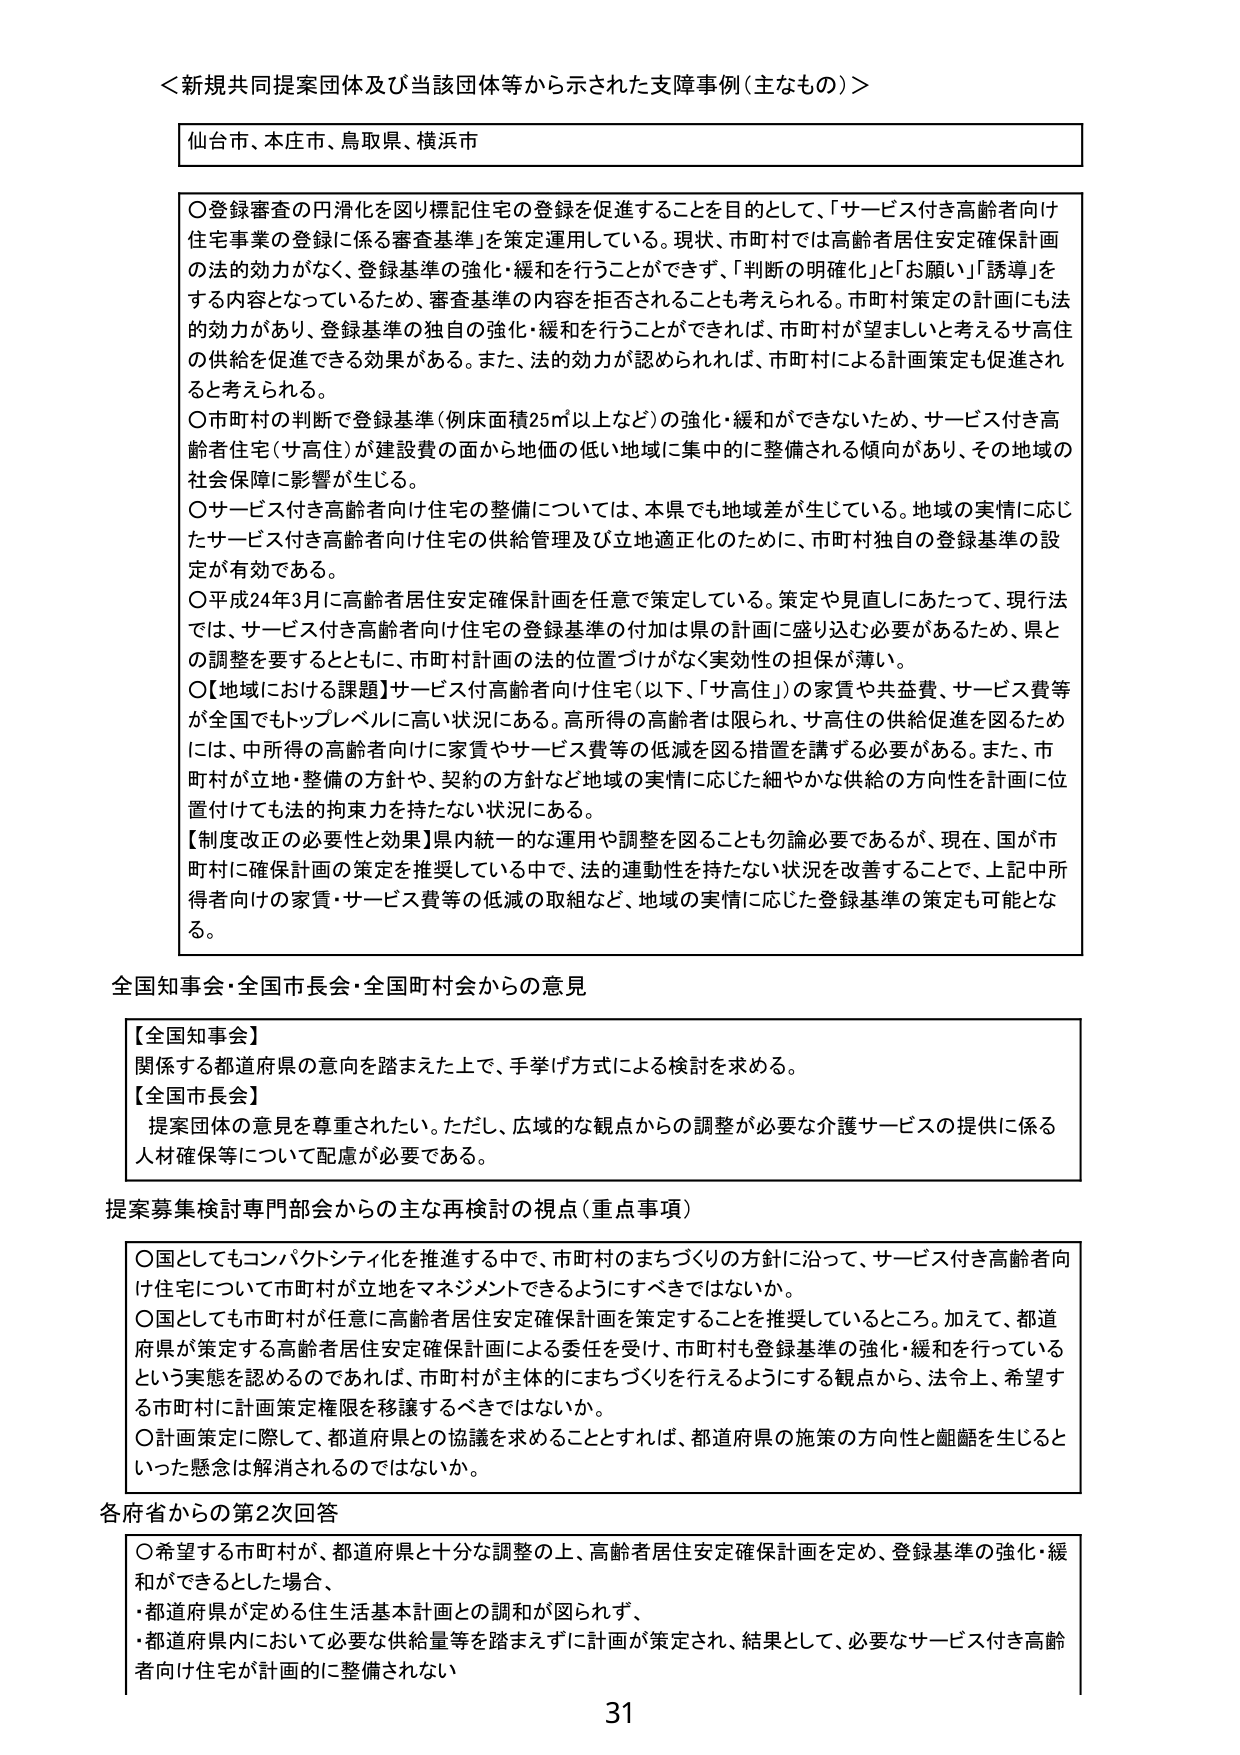
＜新規共同提案団体及び当該団体等から示された支援事例（主なもの）＞

仙台市、本庄市、鳥取県、横浜市

○登録審査の円滑化を図り標記住宅の登録を促進することを目的として、「サービス付き高齢者向け住宅事業の登録に係る審査基準」を策定運用している。現状、市町村では高齢者居住安定確保計画の法的効力がなく、登録基準の強化・緩和を行うことができず、「判断の明確化」と「お願い」「誘導」をする内容となっているため、審査基準の内容を拒否されることも考えられる。市町村策定の計画にも法的効力があり、登録基準の独自の強化・緩和を行うことができれば、市町村が望ましいと考えるサ高住の供給を促進できる効果がある。また、法的効力が認められれば、市町村による計画策定も促進されると考えられる。

○市町村の判断で登録基準（例床面積25㎡以上など）の強化・緩和ができないため、サービス付き高齢者住宅（サ高住）が建設費の面から地価の低い地域に集中的に整備される傾向があり、その地域の社会保障に影響が生じる。

○サービス付き高齢者向け住宅の整備については、本県でも地域差が生じている。地域の実情に応じたサービス付き高齢者向け住宅の供給管理及び立地適正化のために、市町村独自の登録基準の設定が有効である。

○平成24年3月に高齢者居住安定確保計画を任意で策定している。策定や見直しにあたって、現行法では、サービス付き高齢者向け住宅の登録基準の付加は県の計画に盛り込む必要があるため、県との調整を要するとともに、市町村計画の法的位置づけがなく実効性の担保が薄い。

○【地域における課題】サービス付高齢者向け住宅（以下、「サ高住」）の家賃や共益費、サービス費等が全国でもトップレベルに高い状況にある。高所得の高齢者は限られ、サ高住の供給促進を図るためには、中所得の高齢者向けに家賃やサービス費等の低減を図る措置を講ずる必要がある。また、市町村が立地・整備の方針や、契約の方針など地域の実情に応じた細やかな供給の方向性を計画に位置付けても法的拘束力を持たない状況にある。

【制度改正の必要性と効果】県内統一的な運用や調整を図ることも勿論必要であるが、現在、国が市町村に確保計画の策定を推奨している中で、法的連動性を持たない状況を改善することで、上記中所得者向けの家賃・サービス費等の低減の取組など、地域の実情に応じた登録基準の策定も可能となる。

全国知事会・全国市長会・全国町村会からの意見

【全国知事会】
関係する都道府県の意向を踏まえた上で、手挙げ方式による検討を求める。

【全国市長会】
提案団体の意見を尊重されたい。ただし、広域的な観点からの調整が必要な介護サービスの提供に係る人材確保等について配慮が必要である。

提案募集検討専門部会からの主な再検討の視点（重点事項）

○国としてもコンパクトシティ化を推進する中で、市町村のまちづくりの方針に沿って、サービス付き高齢者向け住宅について市町村が立地をマネジメントできるようにすべきではないか。

○国としても市町村が任意に高齢者居住安定確保計画を策定することを推奨しているところ。加えて、都道府県が策定する高齢者居住安定確保計画による委任を受け、市町村も登録基準の強化・緩和を行っているという実態を認めるのであれば、市町村が主体的にまちづくりを行えるようにする観点から、法令上、希望する市町村に計画策定権限を移譲するべきではないか。

○計画策定に際して、都道府県との協議を求めることとすれば、都道府県の施策の方向性と齟齬を生じるといった懸念は解消されのではないのか。

各府省からの第2次回答

○希望する市町村が、都道府県と十分な調整の上、高齢者居住安定確保計画を定め、登録基準の強化・緩和ができるとした場合、
・都道府県が定める住生活基本計画との調和が図られず、
・都道府県内において必要な供給量等を踏まえずに計画が策定され、結果として、必要なサービス付き高齢者向け住宅が計画的に整備されない

31